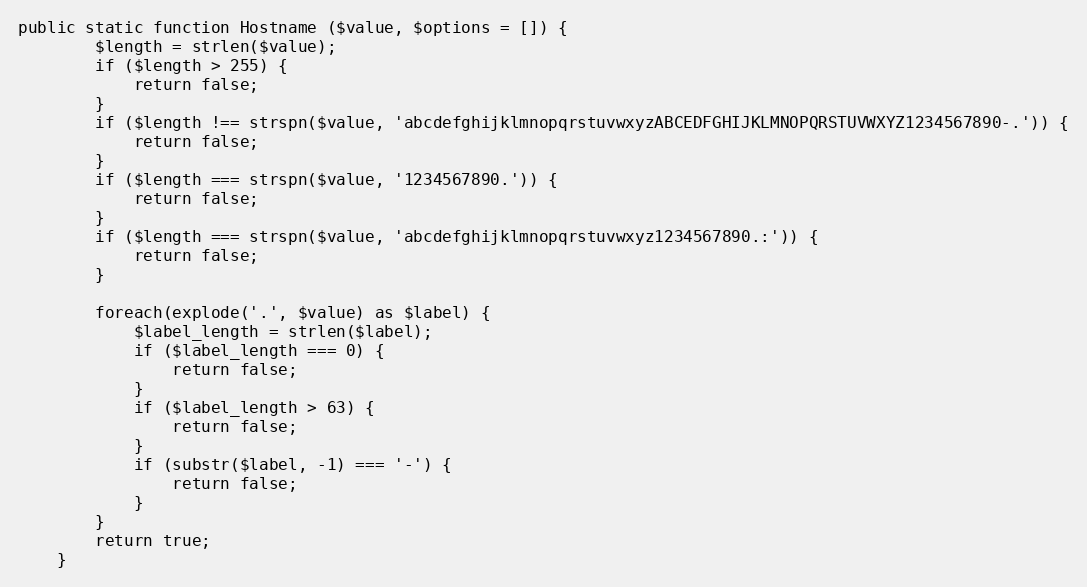
Language: PHP
public static function Hostname ($value, $options = []) {
		$length = strlen($value);
		if ($length > 255) {
			return false;
		}
		if ($length !== strspn($value, 'abcdefghijklmnopqrstuvwxyzABCEDFGHIJKLMNOPQRSTUVWXYZ1234567890-.')) {
			return false;
		}
		if ($length === strspn($value, '1234567890.')) {
			return false;
		}
		if ($length === strspn($value, 'abcdefghijklmnopqrstuvwxyz1234567890.:')) {
			return false;
		}

		foreach(explode('.', $value) as $label) {
			$label_length = strlen($label);
			if ($label_length === 0) {
				return false;
			}
			if ($label_length > 63) {
				return false;
			}
			if (substr($label, -1) === '-') {
				return false;
			}
		}
		return true;
	}